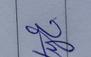
Signature authenticity: genuine